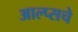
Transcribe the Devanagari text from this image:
आल्प्सचे